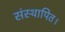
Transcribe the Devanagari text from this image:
संस्थापित।